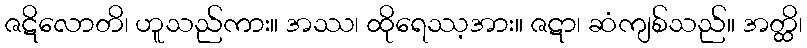
ဇဋိလောတိ၊ ဟူသည်ကား။ အဿ၊ ထိုရေဿ့အား။ ဇဋာ၊ ဆံကျစ်သည်။ အတ္ထိ၊